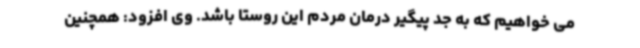
می خواهیم که به جد پیگیر درمان مردم این روستا باشد. وی افزود: همچنین